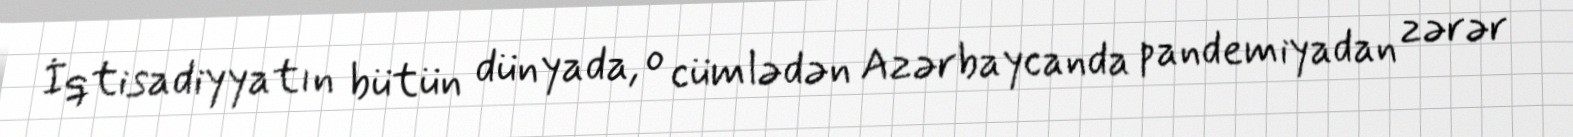
İqtisadiyyatın bütün dünyada, o cümlədən Azərbaycanda pandemiyadan zərər